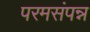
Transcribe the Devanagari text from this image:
परमसंपन्न